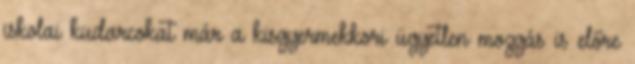
iskolai kudarcokat már a kisgyermekkori ügyetlen mozgás is előre